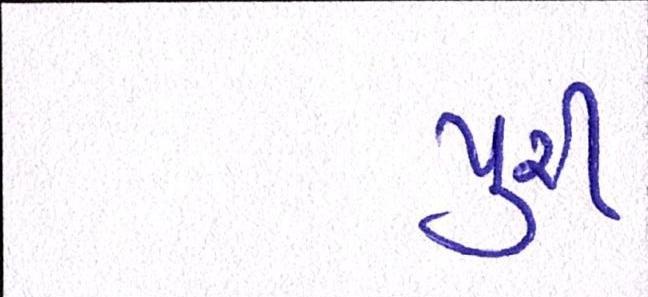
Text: પુરી